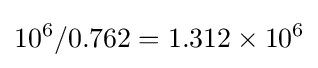
10^{6}/0.762=1.312\times 10^{6}